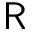
{ \sf R }